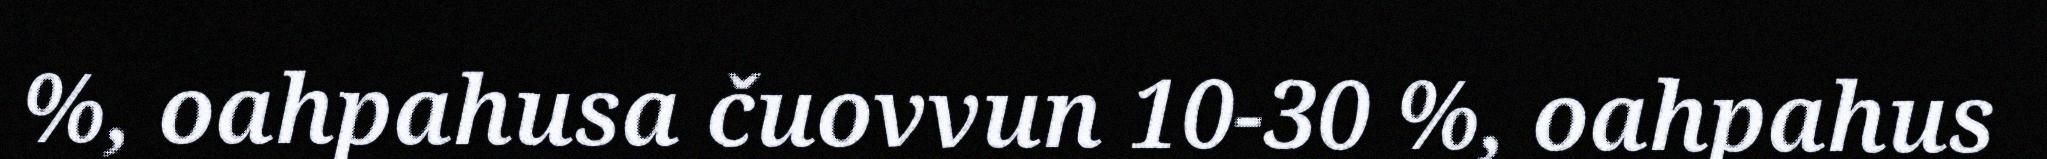
%, oahpahusa čuovvun 10-30 %, oahpahus